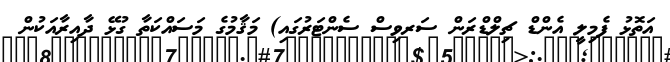
އަތޮޅު ފެމިލީ އެންޑް ޗިލްޑްރަން ސަރވިސް ސެންޓަރުގައި) މަޤާމުގެ މަސައްކަތާ ގުޅޭ ދާއިރާއަކުން